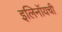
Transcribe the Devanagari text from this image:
इलिनॉयची